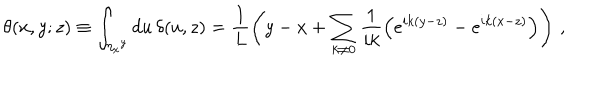
\theta ( x , y ; z ) \equiv \int _ { \eta _ { x } { } ^ { y } } d u \, \delta ( u , z ) = \frac { 1 } { L } \left( y - x + \sum _ { k \ne 0 } \frac { 1 } { i k } \left( e ^ { i k ( y - z ) } - e ^ { i k ( x - z ) } \right) \right) \, ,